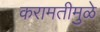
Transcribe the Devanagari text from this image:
करामतीमुळे